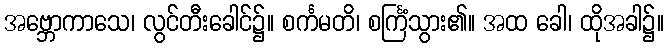
အဗ္ဘောကာသေ၊ လွင်တီးခေါင်၌။ စင်္ကမတိ၊ စင်္ကြံသွား၏။ အထ ခေါ၊ ထိုအခါ၌။